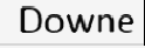
Downe